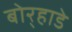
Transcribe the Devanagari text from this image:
बोर्‍हाडे